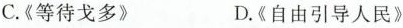
C.《等待戈多》 D.《自由引导人民》